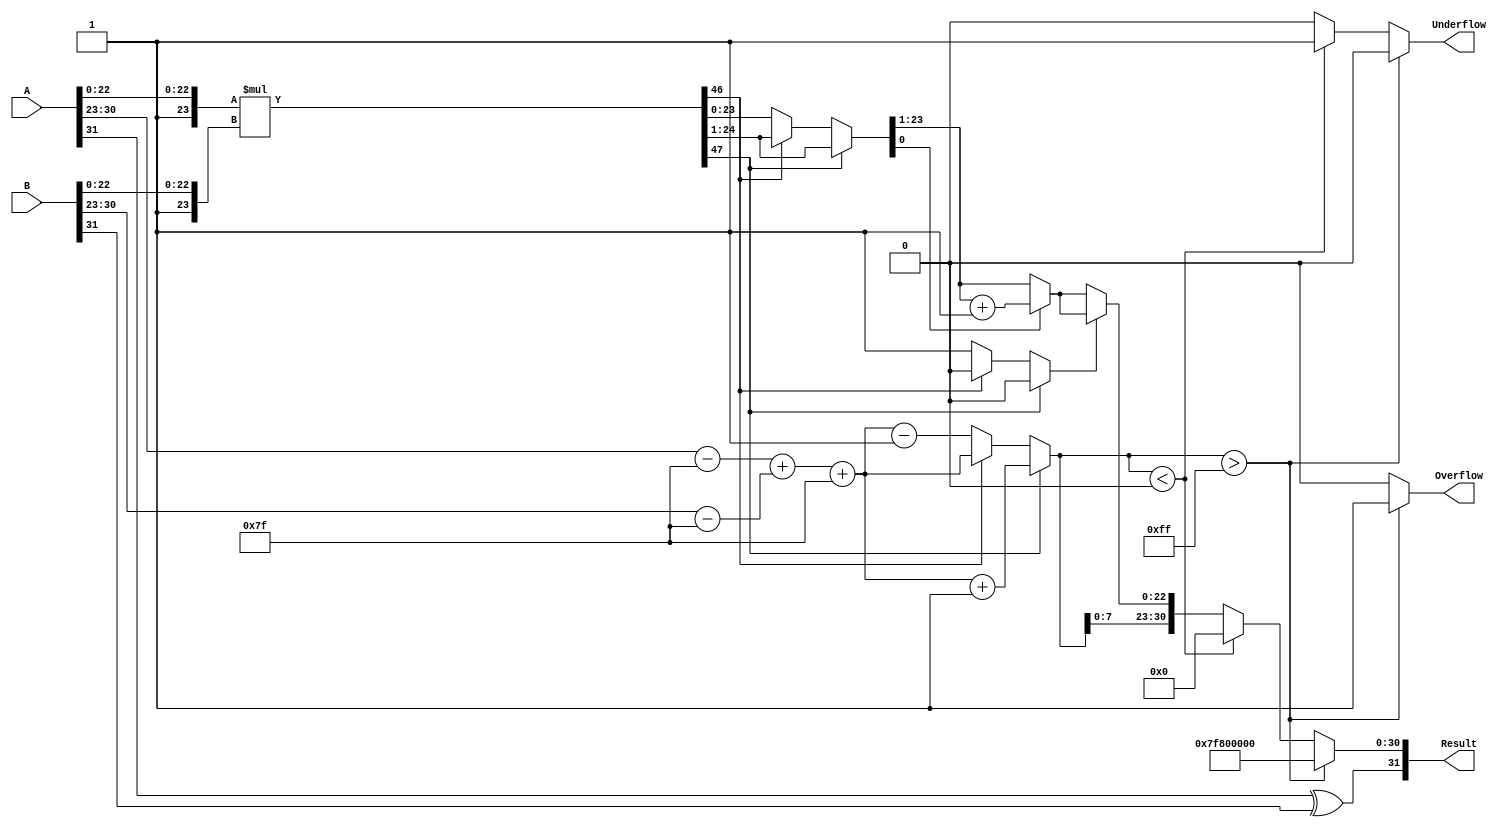
module floating_point_multiplier (
    input  wire [31:0] A,        // First floating-point number
    input  wire [31:0] B,        // Second floating-point number
    output reg  [31:0] Result,    // Result of multiplication
    output reg         Overflow,   // Overflow flag
    output reg         Underflow    // Underflow flag
);

    // Constants
    localparam BIAS = 127;
    localparam EXPONENT_BITS = 8;
    localparam MANTISSA_BITS = 23;
    localparam EXPONENT_MAX = 255;
    localparam EXPONENT_MIN = 0;

    // Intermediate signals
    wire signA = A[31];
    wire signB = B[31];
    wire [EXPONENT_BITS-1:0] expA = A[30:23];
    wire [EXPONENT_BITS-1:0] expB = B[30:23];
    wire [MANTISSA_BITS-1:0] mantA = A[22:0];
    wire [MANTISSA_BITS-1:0] mantB = B[22:0];

    wire [MANTISSA_BITS+1:0] mantA_norm = {1'b1, mantA}; // Normalized mantissa A
    wire [MANTISSA_BITS+1:0] mantB_norm = {1'b1, mantB}; // Normalized mantissa B

    // Calculate the resultant sign
    wire result_sign = signA ^ signB;

    // Calculate the exponents
    wire [EXPONENT_BITS:0] expA_bias = {1'b0, expA} - BIAS; // Bias removed
    wire [EXPONENT_BITS:0] expB_bias = {1'b0, expB} - BIAS; // Bias removed
    wire [EXPONENT_BITS:0] exp_result = expA_bias + expB_bias + BIAS; // Add exponents and reapply bias

    // Mantissa multiplication
    wire [2*MANTISSA_BITS+1:0] mant_result = mantA_norm * mantB_norm;

    // Normalization
    reg [MANTISSA_BITS+1:0] mantissa_final;
    reg [EXPONENT_BITS:0] exponent_final;
    reg normalization_needed;

    always @(*) begin
        // Check for normalization
        if (mant_result[2*MANTISSA_BITS+1]) begin
            // Result is >= 2, shift right
            mantissa_final = mant_result[2*MANTISSA_BITS:1]; // Shift right
            exponent_final = exp_result + 1; // Increment exponent
            normalization_needed = 1'b0;
        end else if (mant_result[2*MANTISSA_BITS]) begin
            // Result is in range [1, 2)
            mantissa_final = mant_result[2*MANTISSA_BITS:1];
            exponent_final = exp_result; // No change to exponent
            normalization_needed = 1'b0;
        end else begin
            // Result < 1, shift left
            mantissa_final = mant_result[2*MANTISSA_BITS-1:0]; // Shift left
            exponent_final = exp_result - 1; // Decrement exponent
            normalization_needed = 1'b1;
        end
    end

    // Rounding (round to nearest even)
    reg [MANTISSA_BITS:0] mantissa_rounded;
    always @(*) begin
        if (normalization_needed) begin
            mantissa_rounded = mantissa_final[MANTISSA_BITS+1:1]; // Discard LSB
            if (mantissa_final[0]) begin
                mantissa_rounded = mantissa_rounded + 1'b1; // Round up if LSB is 1
            end
        end else begin
            mantissa_rounded = mantissa_final[MANTISSA_BITS:1]; // Discard LSB
            if (mantissa_final[0]) begin
                mantissa_rounded = mantissa_rounded + 1'b1; // Round up if LSB is 1
            end
        end
    end

    // Overflow and Underflow detection
    always @(*) begin
        Overflow = 1'b0;
        Underflow = 1'b0;

        if (exponent_final > EXPONENT_MAX) begin
            Overflow = 1'b1;
            Result = {result_sign, 8'b11111111, 23'b0}; // Set to infinity
        end else if (exponent_final < EXPONENT_MIN) begin
            Underflow = 1'b1;
            Result = {result_sign, 8'b00000000, 23'b0}; // Set to zero
        end else begin
            Result = {result_sign, exponent_final[EXPONENT_BITS-1:0], mantissa_rounded[MANTISSA_BITS-1:0]};
        end
    end

endmodule